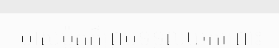
ម្ចាស់ម៉ូតូក៏ព្រមទទួលយកព្រោះ